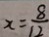
x = \frac { 8 } { 1 2 }